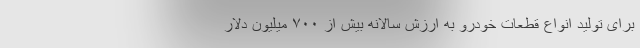
برای تولید انواع قطعات خودرو به ارزش سالانه بیش از ٧٠٠ میلیون دلار